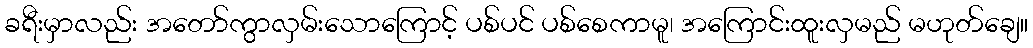
ခရီးမှာလည်း အတော်ကွာလှမ်းသောကြောင့် ပစ်ပင် ပစ်စေကာမူ၊ အကြောင်းထူးလှမည် မဟုတ်ချေ။